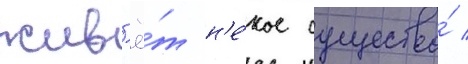
жив'ё́т н'е́кое существо́ /